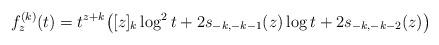
LaTeX: \begin{align*}f_z^{(k)}(t) = t^{z+k}\big([z]_k\log^2 t + 2s_{-k,-k-1}(z)\log t + 2s_{-k,-k-2}(z)\big) \quad\end{align*}